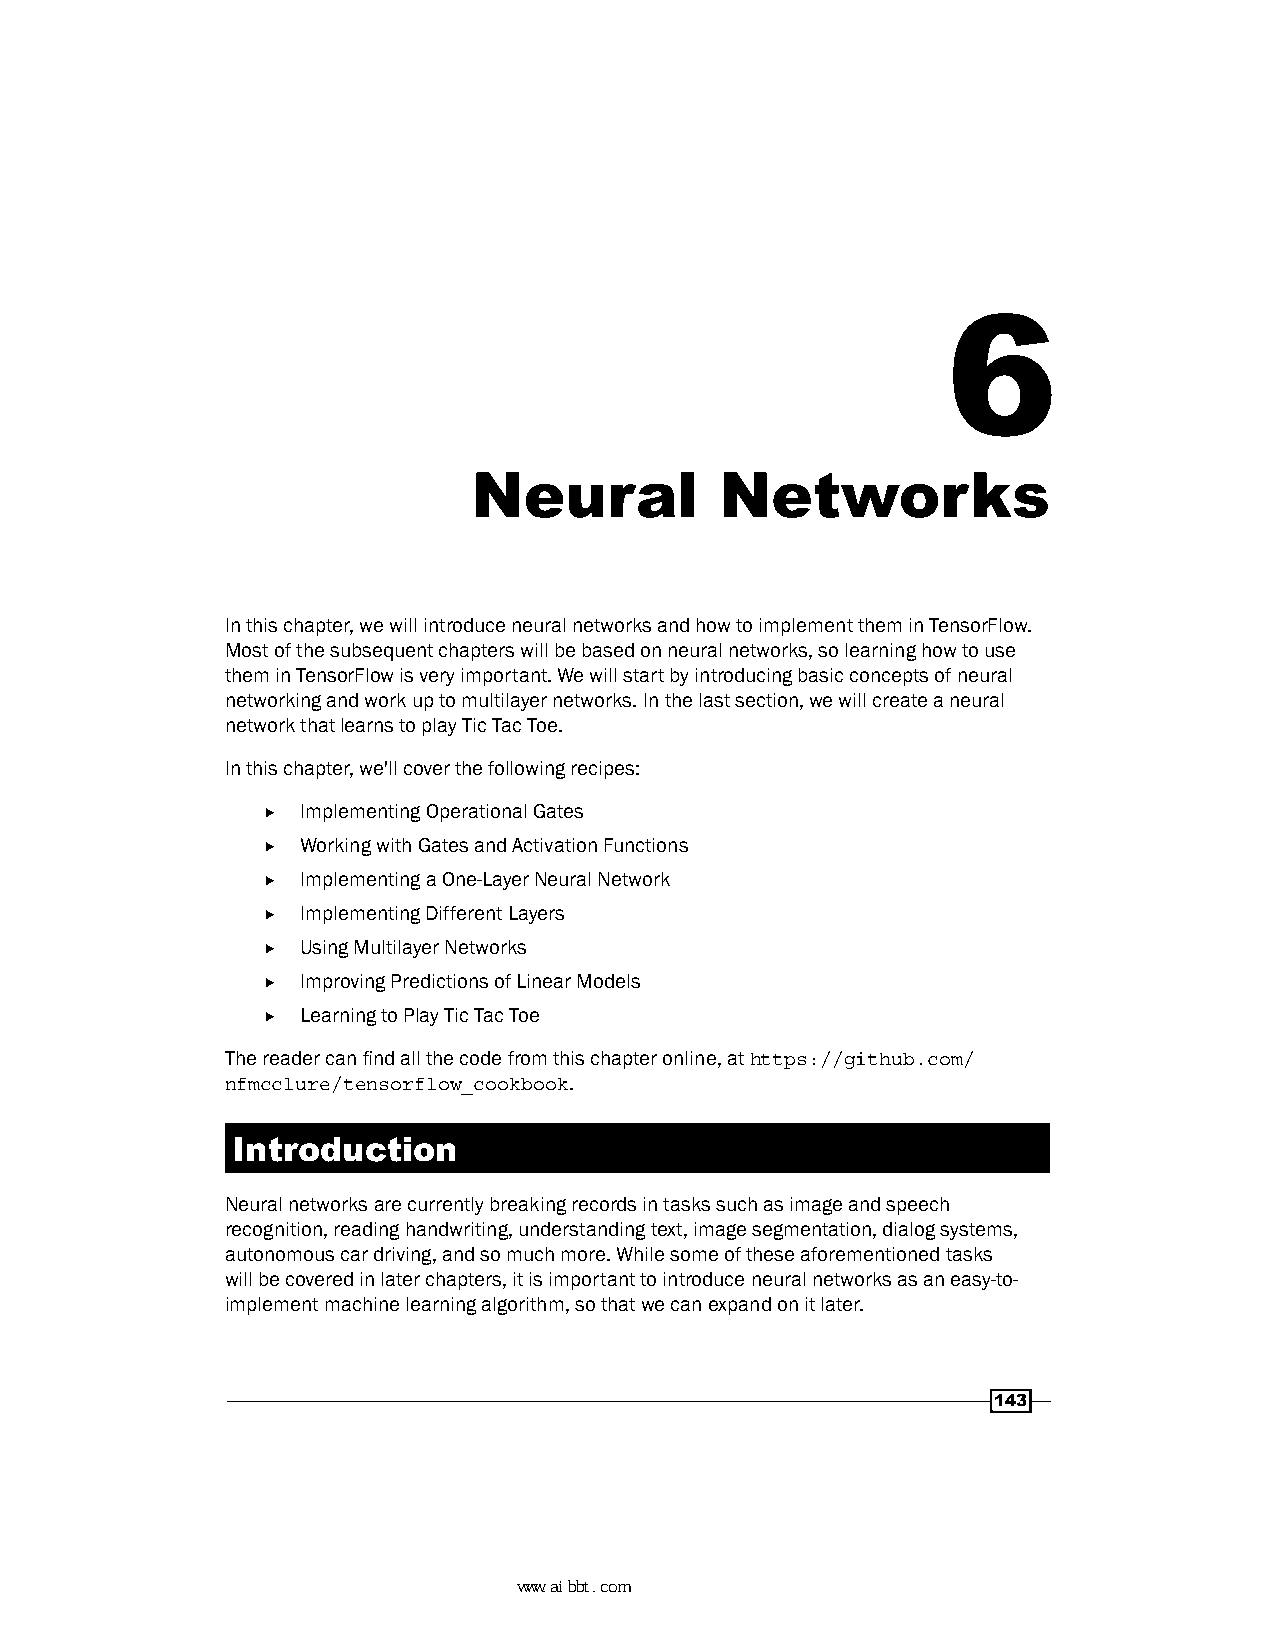
6
 Neural           Networks
 In this chapter, we will introduce neural networks and how to implement them in TensorFlow.
 Most of the subsequent chapters will be based on neural networks, so learning how to use
 them in TensorFlow is very important. We will start by introducing basic concepts of neural
 networking and work up to multilayer networks. In the last section, we will create a neural
 network that learns to play Tic Tac Toe.
 In this chapter, we'll cover the following recipes:
 f  Implementing Operational Gates
 f  Working with Gates and Activation Functions
 f  Implementing a One-Layer Neural Network
 f  Implementing Different Layers
 f  Using Multilayer Networks
 f  Improving Predictions of Linear Models
 f  Learning to Play Tic Tac Toe
 The reader can find all the code from this chapter online, at https://github.com/
 nfmcclure/tensorflow_cookbook.
 Introduction
 Neural networks are currently breaking records in tasks such as image and speech
 recognition, reading handwriting, understanding text, image segmentation, dialog systems,
 autonomous car driving, and so much more. While some of these aforementioned tasks
 will be covered in later chapters, it is important to introduce neural networks as an easy-to-
 implement machine learning algorithm, so that we can expand on it later.
 143
 www.aibbt.com 让未来触手可及